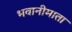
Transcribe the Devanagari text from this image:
भवानीमाता